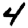
Digit: 4